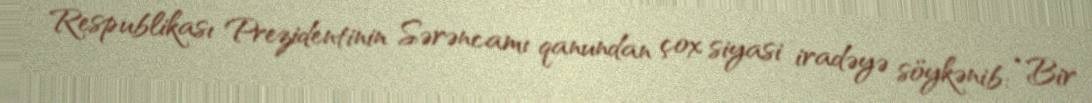
Respublikası Prezidentinin Sərəncamı qanundan çox siyasi iradəyə söykənib: “Bir